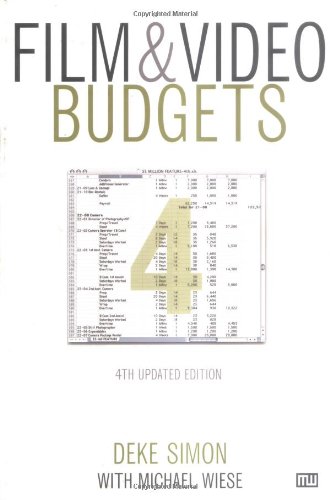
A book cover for Film & Video Budgets; Deke Simon; Humor & Entertainment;